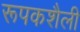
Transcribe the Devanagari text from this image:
रूपकशैली